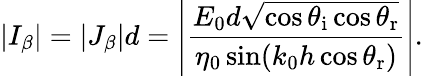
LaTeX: \left|{I_{\beta}}\right|=|J_{\beta}|d=\left|\frac{E_{0}d\sqrt{\cos\theta_{\mathrm{i}}\cos\theta_{\mathrm{r}}}}{\eta_{0}\sin(k_{0}h\cos\theta_{\mathrm{r}})}\right|.